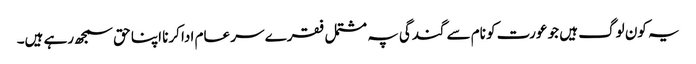
یہ کون لوگ ہیں جو عورت کو نام سے گندگی پہ مشتمل فقرے سر عام ادا کرنا اپنا حق سمجھ رہے ہیں۔